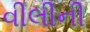
વીલીની